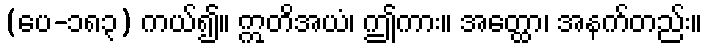
(ပေ-၁၈၃) ကယ်၍။ ဣတိအယံ၊ ဤကား။ အတ္ထော၊ အနက်တည်း။